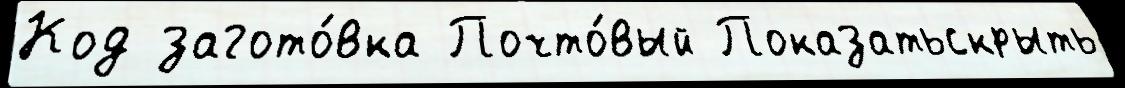
Код загото́вка Почто́вый Показатьскрыть